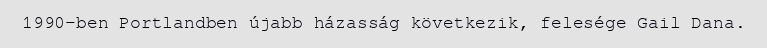
1990-ben Portlandben újabb házasság következik, felesége Gail Dana.